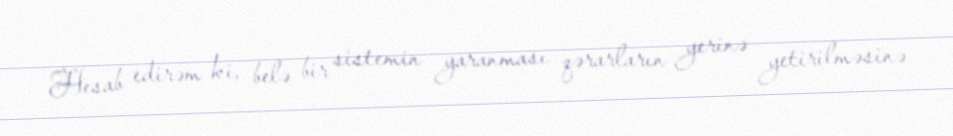
Hesab edirəm ki, belə bir sistemin yaranması qərarların yerinə yetirilməsinə